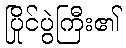
ပြိုင်ပွဲကြီး၏